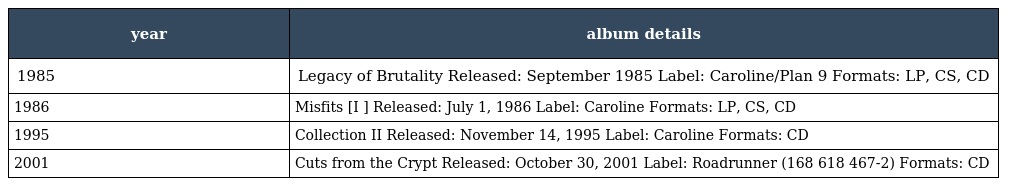
| year | album details |
 | --- | --- |
 | 1985 | Legacy of Brutality Released: September 1985 Label: Caroline/Plan 9 Formats: LP, CS, CD |
 | 1986 | Misfits [I ] Released: July 1, 1986 Label: Caroline Formats: LP, CS, CD |
 | 1995 | Collection II Released: November 14, 1995 Label: Caroline Formats: CD |
 | 2001 | Cuts from the Crypt Released: October 30, 2001 Label: Roadrunner (168 618 467-2) Formats: CD |